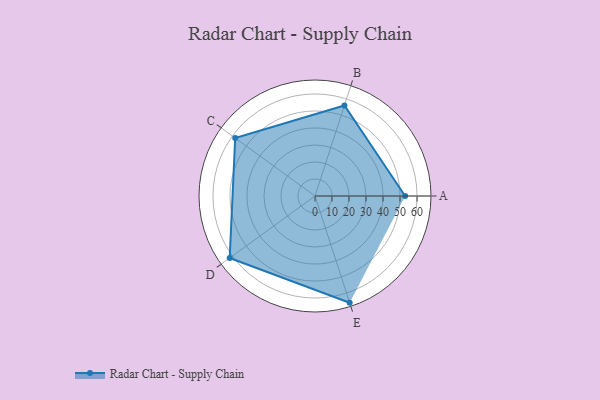
{"axis": {"x": "Skill", "y": "Score"}, "legend": ["Profile"], "data": [{"x": "A", "y": 53.0, "type": "Profile"}, {"x": "B", "y": 56.0, "type": "Profile"}, {"x": "C", "y": 58.0, "type": "Profile"}, {"x": "D", "y": 62.0, "type": "Profile"}, {"x": "E", "y": 66.0, "type": "Profile"}]}